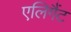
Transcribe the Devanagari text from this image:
एलिगैंट